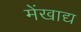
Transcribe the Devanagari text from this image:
मेंखाद्य